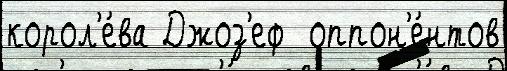
корол'е́ва Джоз'еф  оппон'е́нтов